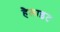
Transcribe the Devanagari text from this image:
हैलाइट